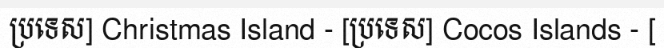
ប្រទេស] Christmas Island - [ប្រទេស] Cocos Islands - [